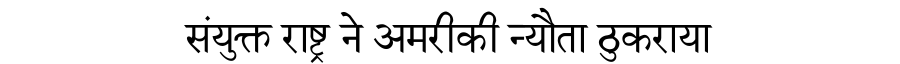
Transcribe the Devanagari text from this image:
संयुक्त राष्ट्र ने अमरीकी न्यौता ठुकराया